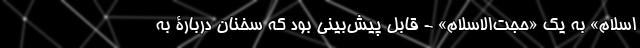
اسلام» به یک «حجت‌الاسلام» - قابل پیش‌بینی بود که سخنان دربارۀ به